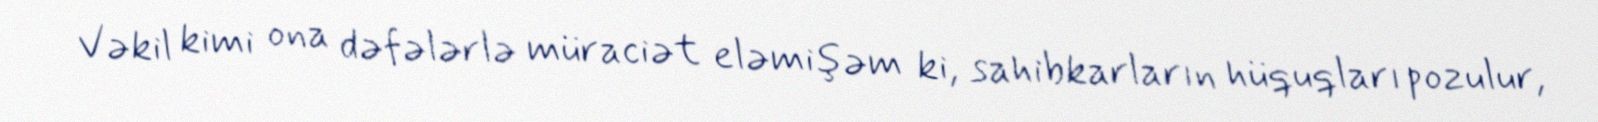
Vəkil kimi ona dəfələrlə müraciət eləmişəm ki, sahibkarların hüquqları pozulur,